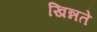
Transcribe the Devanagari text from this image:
खिन्नते